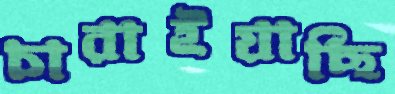
চারাইয়াছি